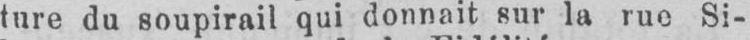
ture du soupirail qui donnait sur la rue Si-